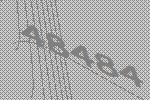
48484